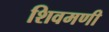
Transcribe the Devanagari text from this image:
शिवमणी